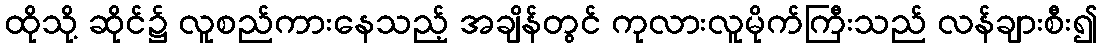
ထိုသို့ ဆိုင်၌ လူစည်ကားနေသည့် အချိန်တွင် ကုလားလူမိုက်ကြီးသည် လန်ချားစီး၍